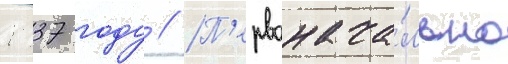
1537 году // П'ервонача́льно